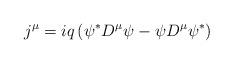
LaTeX: \begin{align*}j^{\mu }=iq\left( \psi ^{\ast }D^{\mu }\psi -\psi D^{\mu }\psi ^{\ast}\right) \end{align*}